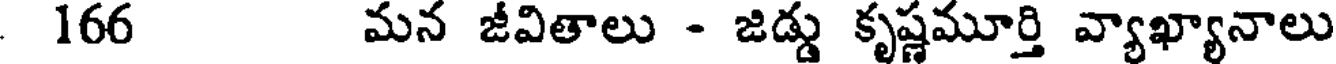
166 మన జీవితాలు - జిడ్డు కృష్ణమూర్తి వ్యాఖ్యానాలు